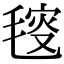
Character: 𣮬